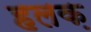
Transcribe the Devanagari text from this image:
हलक़